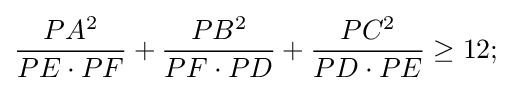
{\frac {PA^{2}}{PE\cdot PF}}+{\frac {PB^{2}}{PF\cdot PD}}+{\frac {PC^{2}}{PD\cdot PE}}\geq 12;